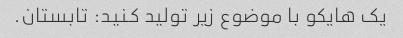
یک هایکو با موضوع زیر تولید کنید: تابستان.